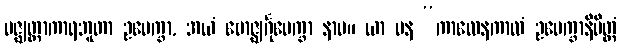
မဇ္ဈတ္တာကာရဘူတာ ဥပေက္ခာ, အယံ ဗောဇ္ဈင်္ဂုပေက္ခာ နာမ။ ယာ ပန “ကာလေနကာလံ ဥပေက္ခာနိမိတ္တံ